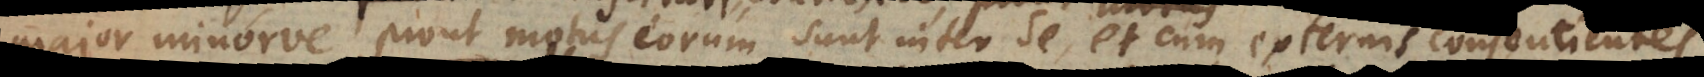
major minorve, prout motus eorum sunt inter se, et cum externis consentientes.